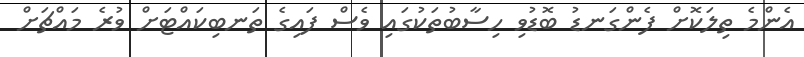
އެންމެ ތިލަކޮށް ފެންގަނޑު ބޮޑުވި ހިސާބުތަކުގައި ވެސް ފައިގެ ތަނބިކައްޓަށް ވުރެ މައްޗަށް